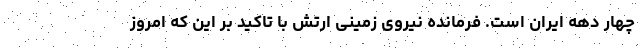
چهار دهه ایران است. فرمانده نیروی زمینی ارتش با تاکید بر این که امروز